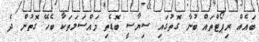
ބައެއް ރިޕޯޓްތައް ބުނާ ގޮތުގައި ސިޔާސީ ބޮޑެތި މައްސަލަތަކާ ބެހޭ ގޮތުން ދެ